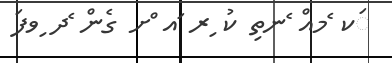
ަކ ެމއް ެނތި ކު ިރ ައ ްށ ގެން ެދ ިވފަ